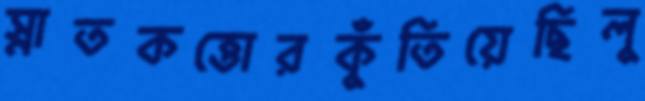
স্নাতকত্তোরকুঁতিয়েছিলু